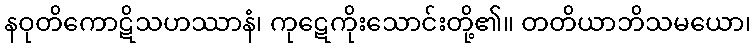
နဝုတိကောဋိသဟဿာနံ၊ ကုဋေကိုးသောင်းတို့၏။ တတိယာဘိသမယော၊